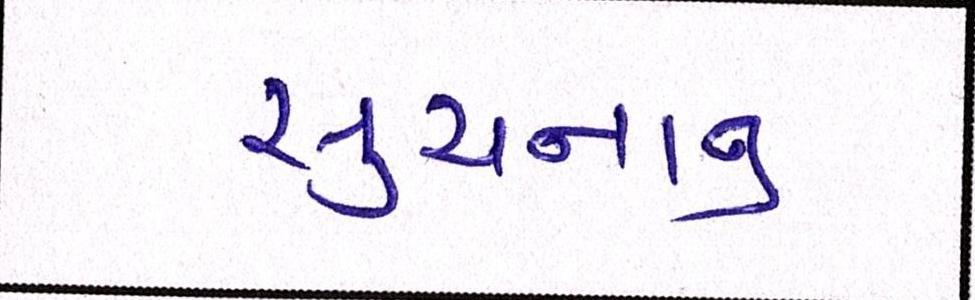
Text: સુચનાનુ